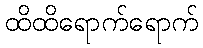
ထိထိရောက်ရောက်